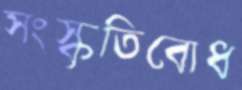
সংস্কৃতিবোধ